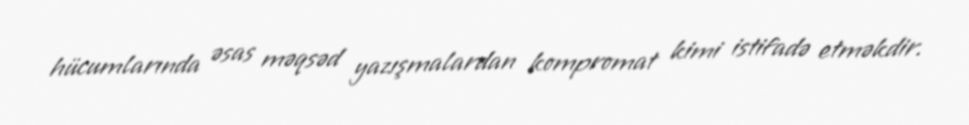
hücumlarında əsas məqsəd yazışmalardan kompromat kimi istifadə etməkdir.